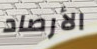
الأرصاد